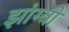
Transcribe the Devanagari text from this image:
झांग्बो